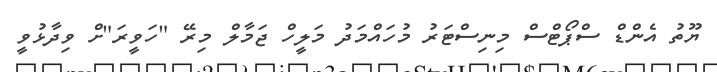
ޔޫތު އެންޑް ސްޕޯޓްސް މިނިސްޓަރު މުހައްމަދު މަލީހް ޖަމާލް މިރޭ "ހަވީރަ"ށް ވިދާޅުވީ